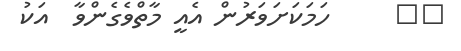
١٩     ހަމަކަށަވަރުން އެއީ މާތްވެގެންވާ  އަކު